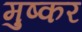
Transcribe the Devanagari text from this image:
मुष्कर